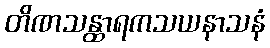
တိဏသန္ထာရကသယနာသနံ